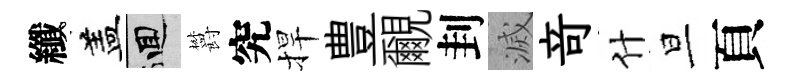
纖盖回欝究捍豊覼刲滅竒什旦頁